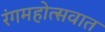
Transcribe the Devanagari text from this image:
रंगमहोत्सवात